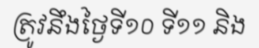
ត្រូវនឹងថ្ងៃទី១០ ទី១១ និង